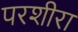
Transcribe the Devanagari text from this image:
परशीरा